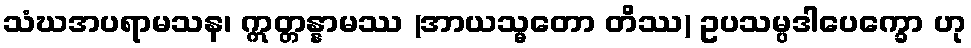
သံဃအပရာမသန၊ ဣတ္တန္နာမဿ (အာယသ္မတော တိဿ) ဥပသမ္ပဒါပေက္ခော ဟု